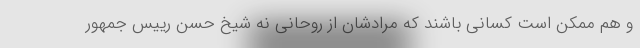
و هم ممکن است کسانی باشند که مرادشان از روحانی نه شیخ حسنِ رییس جمهور